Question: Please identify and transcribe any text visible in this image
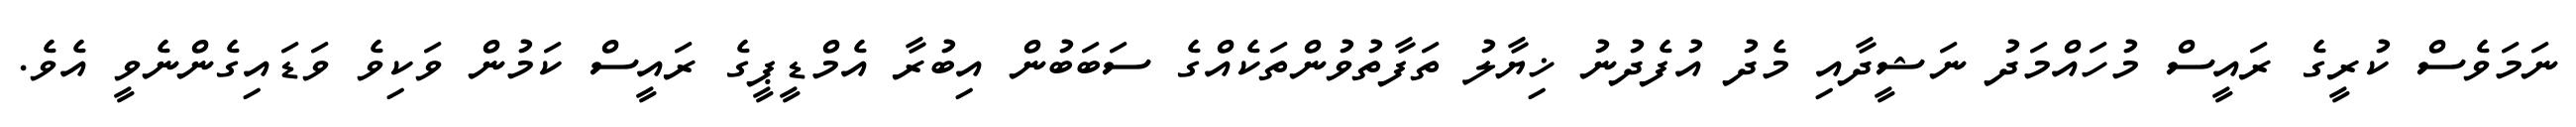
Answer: ނަމަވެސް ކުރީގެ ރައީސް މުހައްމަދު ނަޝީދާއި މެދު އުފެދުނު ޚިޔާލު ތަފާތުވުންތަކެއްގެ ސަބަބުން އިބުރާ އެމްޑީޕީގެ ރައީސް ކަމުން ވަކިވެ ވަޑައިގެންނެވީ އެވެ.